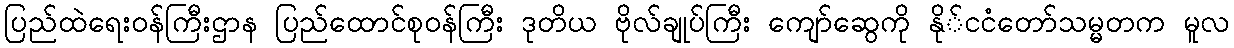
ပြည်ထဲရေးဝန်ကြီးဌာန ပြည်ထောင်စုဝန်ကြီး ဒုတိယ ဗိုလ်ချုပ်ကြီး ကျော်ဆွေကို နို်ငငံတော်သမ္မတက မူလ